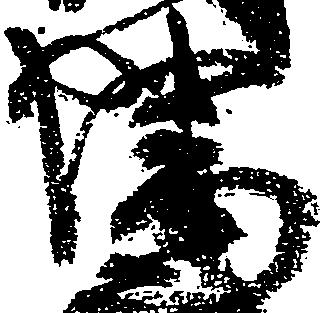
幡